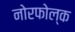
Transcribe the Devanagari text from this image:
नोरफोल्क